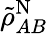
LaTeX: \tilde{\rho}_{AB}^{\mathrm{N}}